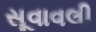
સૂવાવલી